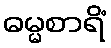
ဓမ္မစာရိံ